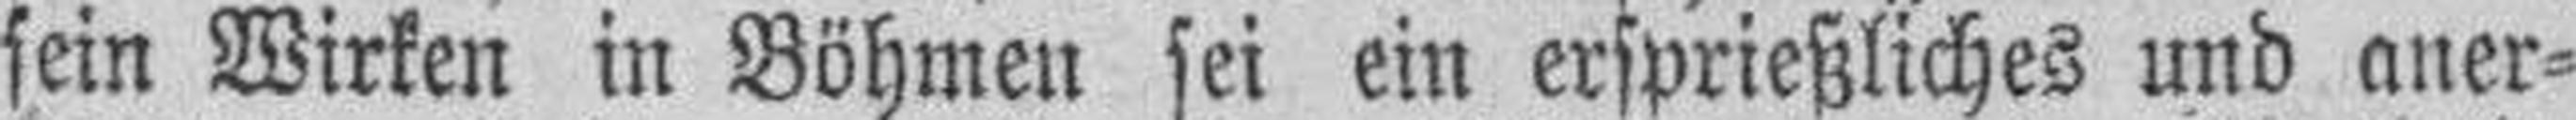
sein Wirken in Böhmen sei ein ersprießliches und aner¬